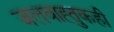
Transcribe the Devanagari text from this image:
जलवाह्तुकही